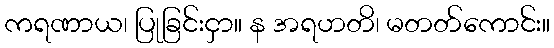
ကရဏာယ၊ ပြုခြင်းငှာ။ န အရဟတိ၊ မတတ်ကောင်း။